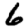
Digit: 6